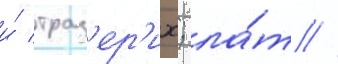
и́ траз'ер'их; ла́т //